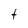
Character: t